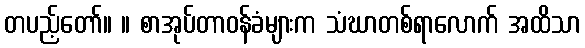
တပည့်တော်။ ။ စာအုပ်တာဝန်ခံများက သံဃာတစ်ရာလောက် အထိသာ